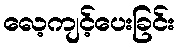
လေ့ကျင့်ပေးခြင်း